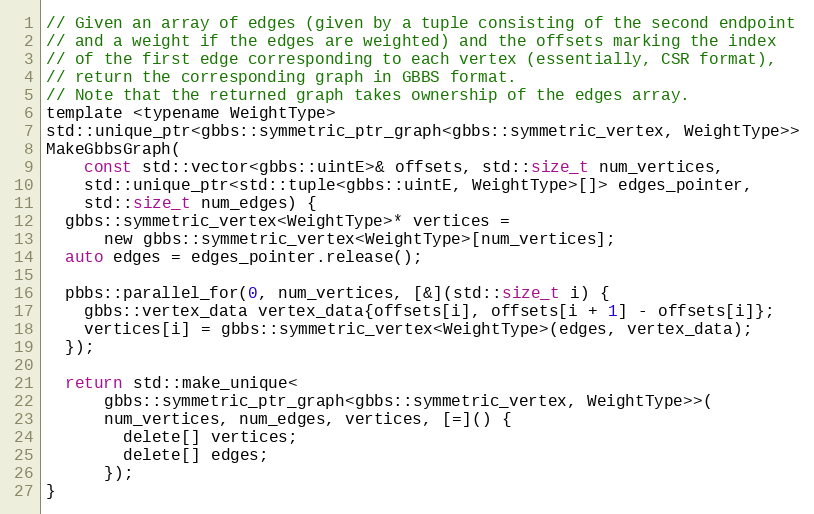
Language: C
// Given an array of edges (given by a tuple consisting of the second endpoint
// and a weight if the edges are weighted) and the offsets marking the index
// of the first edge corresponding to each vertex (essentially, CSR format),
// return the corresponding graph in GBBS format.
// Note that the returned graph takes ownership of the edges array.
template <typename WeightType>
std::unique_ptr<gbbs::symmetric_ptr_graph<gbbs::symmetric_vertex, WeightType>>
MakeGbbsGraph(
    const std::vector<gbbs::uintE>& offsets, std::size_t num_vertices,
    std::unique_ptr<std::tuple<gbbs::uintE, WeightType>[]> edges_pointer,
    std::size_t num_edges) {
  gbbs::symmetric_vertex<WeightType>* vertices =
      new gbbs::symmetric_vertex<WeightType>[num_vertices];
  auto edges = edges_pointer.release();

  pbbs::parallel_for(0, num_vertices, [&](std::size_t i) {
    gbbs::vertex_data vertex_data{offsets[i], offsets[i + 1] - offsets[i]};
    vertices[i] = gbbs::symmetric_vertex<WeightType>(edges, vertex_data);
  });

  return std::make_unique<
      gbbs::symmetric_ptr_graph<gbbs::symmetric_vertex, WeightType>>(
      num_vertices, num_edges, vertices, [=]() {
        delete[] vertices;
        delete[] edges;
      });
}